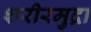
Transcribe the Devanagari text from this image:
शरीरमुद्रा